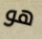
هو